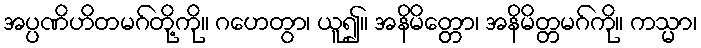
အပ္ပဏိဟိတမဂ်တို့ကို။ ဂဟေတွာ၊ ယူ၍။ အနိမိတ္တော၊ အနိမိတ္တမဂ်ကို။ ကသ္မာ၊